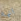
انها